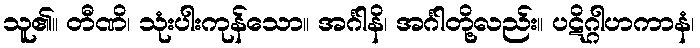
သူ၏။ တီဏိ၊ သုံးပါးကုန်သော။ အင်္ဂါနိ၊ အင်္ဂါတို့လည်း။ ပဋိဂ္ဂါဟကာနံ၊